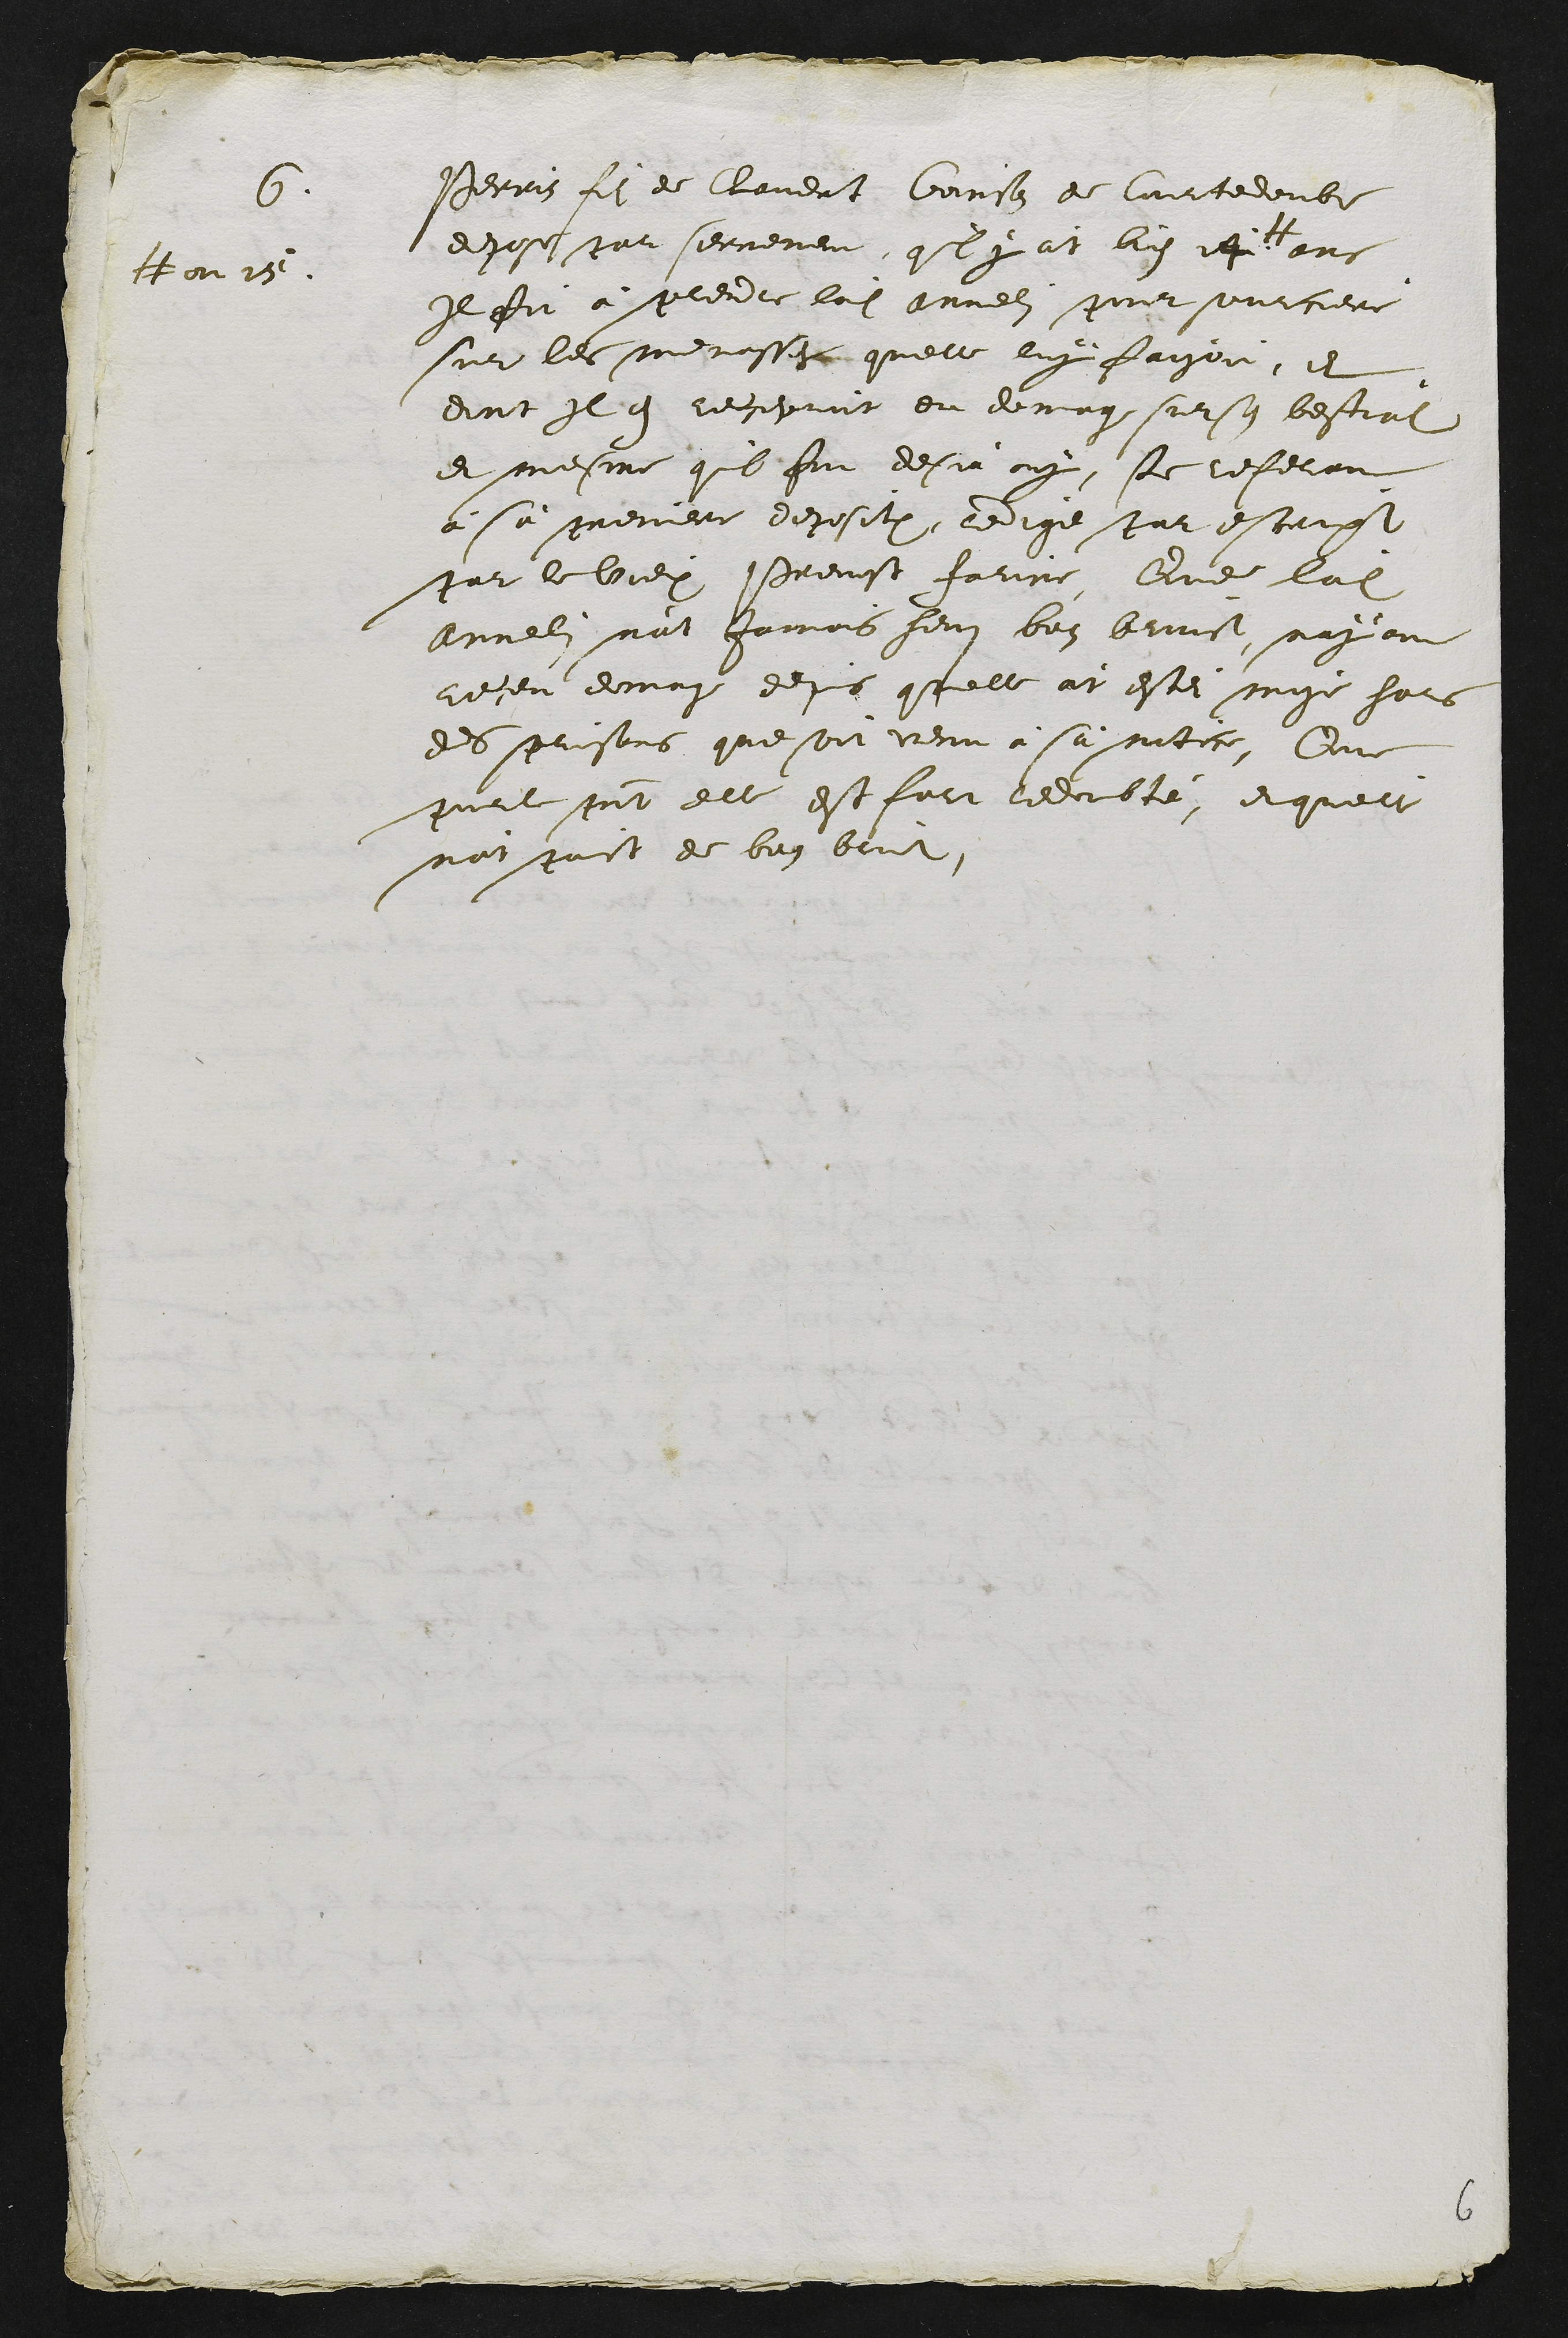
6. Perrin fils de Claudat Coinson de Courtedoubs
depose par serrement quil y àt bien 14 #
# ou 15
ans
Il fit à prendre ladite Annelin pour sourciere
sur les menasses quelle luy faisoit, et
dont Il en recepvoit du domage sur son bestial
et mesme quil fut desjà ouy, se referant
à sà premiere deposition, redige par escript
par le vieux Prevost Farine. Que ladite
Annelin n'at Jamais heus bon bruict, nayant
receu domage depuis quelle àt estei mise hors
des prisons que soit venu à sà notice. Que
pour le present elle est fort redoubté, et qu'elle
n'at point de bon bruict.

6